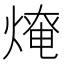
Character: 𤌥